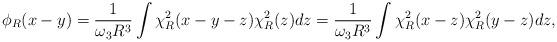
LaTeX: \begin{align*}\phi_R(x-y) =\frac{1}{\omega_3R^3}\int \chi^2_R(x-y-z) \chi^2_R(z) dz = \frac{1}{\omega_3R^3} \int \chi^2_R(x-z) \chi^2_R(y-z) dz,\end{align*}